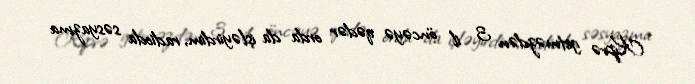
Kiprə getməzdən 3 il öncəyə qədər orda da işləyirdim, radioda səsyazma